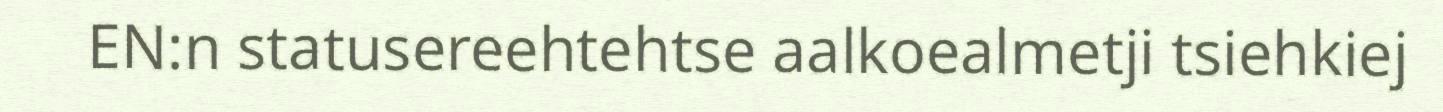
EN:n statusereehtehtse aalkoealmetji tsiehkiej